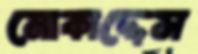
মোকাদ্দেস